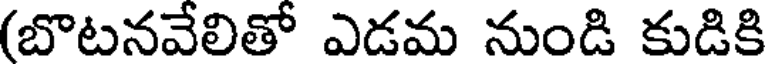
(బొటనవేలితో ఎడమ నుండి కుడికి